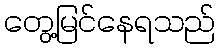
တွေ့မြင်နေရသည်